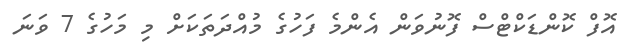
އޮފް ކޮންޑަކްޓްސް ފޮނުވަން އެންމެ ފަހުގެ މުއްދަތަކަށް މި މަހުގެ 7 ވަނަ